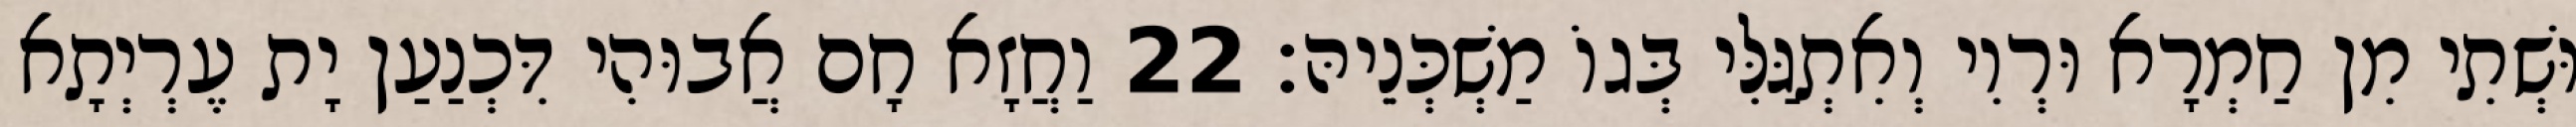
וּשְׁתִי מִן חַמְרָא וּרְוִי וְאִתְגַּלִּי בְּגוֹ מַשְׁכְּנֵיהּ׃ 22 וַחֲזָא חָם אֲבוּהִי דִּכְנַעַן יָת עֶרְיְתָא